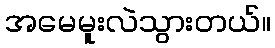
အမေမူးလဲသွားတယ်။